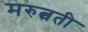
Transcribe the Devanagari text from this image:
मरुत्वती